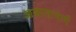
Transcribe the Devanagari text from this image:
आखातामार्गे